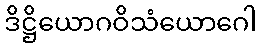
ဒိဋ္ဌိယောဂဝိသံယောဂေါ